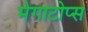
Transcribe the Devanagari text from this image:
मेगाटोप्स